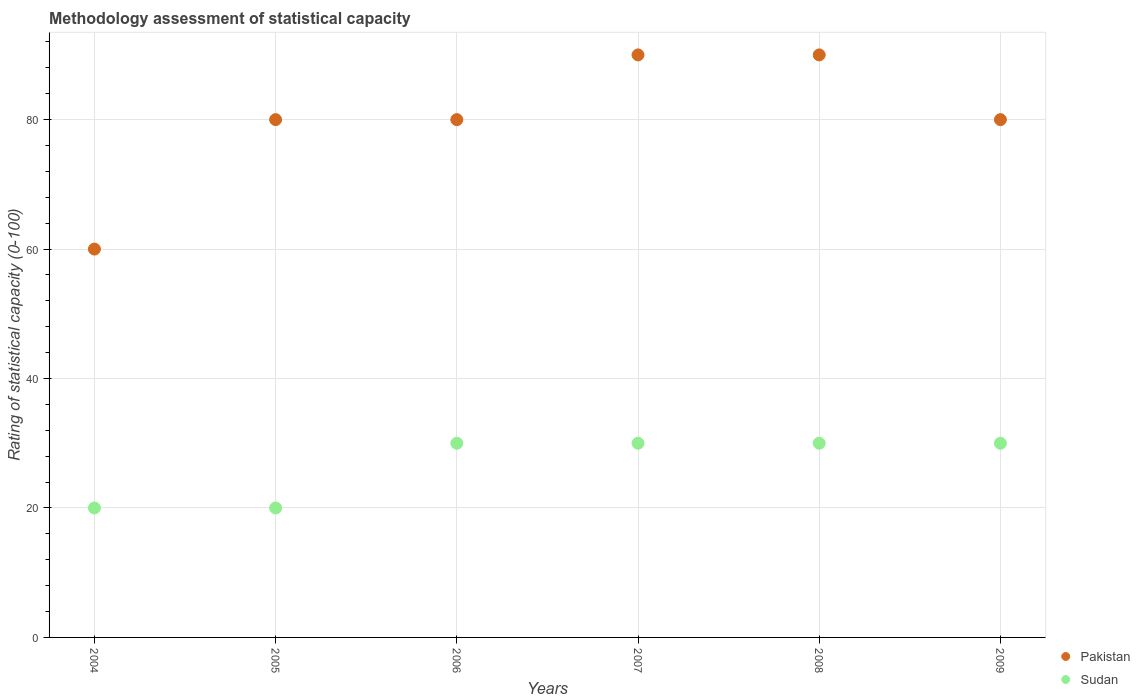
| Years | Pakistan | Sudan |
 | --- | --- | --- |
 | 2004 | 60 | 20 |
 | 2005 | 80 | 20 |
 | 2006 | 80 | 30 |
 | 2007 | 90 | 30 |
 | 2008 | 90 | 30 |
 | 2009 | 80 | 30 |